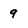
Character: 9